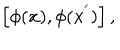
LaTeX: \left[ \phi ( { \bf x } ) , \phi ( { \bf x } ^ { ' } ) \right] ,